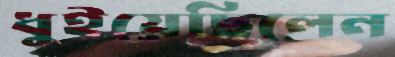
ধুইয়েছিলেন